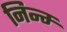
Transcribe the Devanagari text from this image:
निम्न्